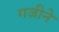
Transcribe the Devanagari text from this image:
गजीने